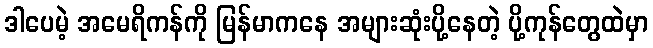
ဒါပေမဲ့ အမေရိကန်ကို မြန်မာကနေ အများဆုံးပို့နေတဲ့ ပို့ကုန်တွေထဲမှာ